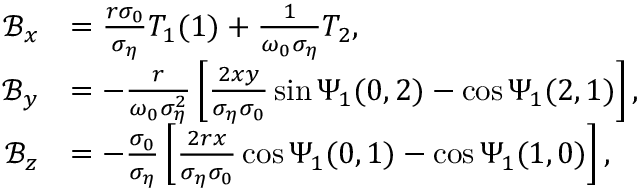
\begin{array} { r l } { \mathcal { B } _ { x } } & { = \frac { r \sigma _ { 0 } } { \sigma _ { \eta } } T _ { 1 } ( 1 ) + \frac { 1 } { \omega _ { 0 } \sigma _ { \eta } } T _ { 2 } , } \\ { \mathcal { B } _ { y } } & { = - \frac { r } { \omega _ { 0 } \sigma _ { \eta } ^ { 2 } } \left[ \frac { 2 x y } { \sigma _ { \eta } \sigma _ { 0 } } \sin \Psi _ { 1 } ( 0 , 2 ) - \cos \Psi _ { 1 } ( 2 , 1 ) \right] , } \\ { \mathcal { B } _ { z } } & { = - \frac { \sigma _ { 0 } } { \sigma _ { \eta } } \left[ \frac { 2 r x } { \sigma _ { \eta } \sigma _ { 0 } } \cos \Psi _ { 1 } ( 0 , 1 ) - \cos \Psi _ { 1 } ( 1 , 0 ) \right] , } \end{array}